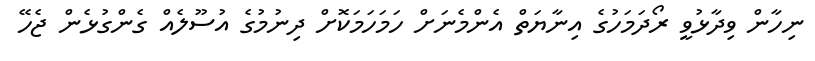
ނިހާން ވިދާޅުވީ ރޯދަމަހުގެ އިނާޔަތް އެންމެނަށް ހަމަހަމަކޮށް ދިނުމުގެ އުސޫލެއް ގެންގުޅެން ޖެހޭ